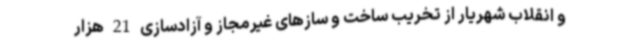
و انقلاب شهریار از تخریب ساخت و سازهای غیرمجاز و آزادسازی 21 هزار